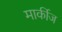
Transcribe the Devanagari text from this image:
मार्कीज